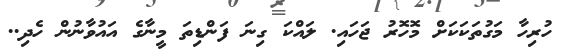
ހުރިހާ މަގުތަކަކަށް މޮހޮރު ޖަހައި. ލައްކަ ގިނަ ފަންޑިތަ މީނާގެ އައުވާނުން ހެދި..